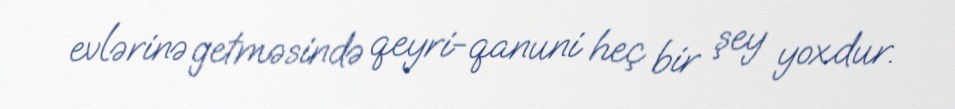
evlərinə getməsində qeyri-qanuni heç bir şey yoxdur.